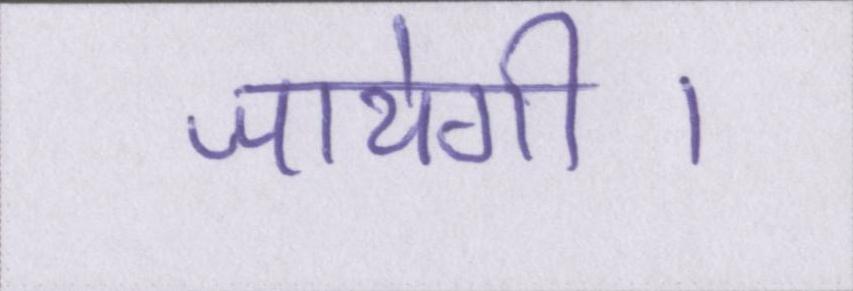
जायेगी।